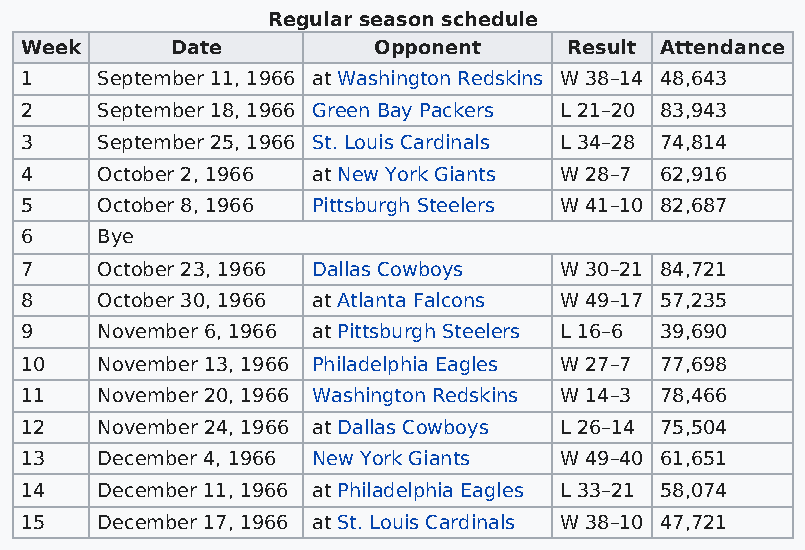
Regular season schedule
 Week      Date          Opponent     Result Attendance
 1    September 11, 1966 at Washington Redskins W 38–14 48,643
 2    September 18, 1966 Green Bay Packers L 21–20 83,943
 3    September 25, 1966 St. Louis Cardinals L 34–28 74,814
 4    October 2, 1966 at New York Giants W 28–7 62,916
 5    October 8, 1966 Pittsburgh Steelers W 41–10 82,687
 6    Bye
 7    October 23, 1966 Dallas Cowboys W 30–21 84,721
 8    October 30, 1966 at Atlanta Falcons W 49–17 57,235
 9    November 6, 1966 at Pittsburgh Steelers L 16–6 39,690
 10   November 13, 1966 Philadelphia Eagles W 27–7 77,698
 11   November 20, 1966 Washington Redskins W 14–3 78,466
 12   November 24, 1966 at Dallas Cowboys L 26–14 75,504
 13   December 4, 1966 New York Giants W 49–40 61,651
 14   December 11, 1966 at Philadelphia Eagles L 33–21 58,074
 15   December 17, 1966 at St. Louis Cardinals W 38–10 47,721